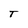
Character: T